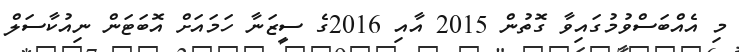
މި އެއްބަސްވުމުގައިވާ ގޮތުން 2015 އާއި 2016ގެ ސީޒަނާ ހަމައަށް އޮބަޓަން ނިއުކާސަލް